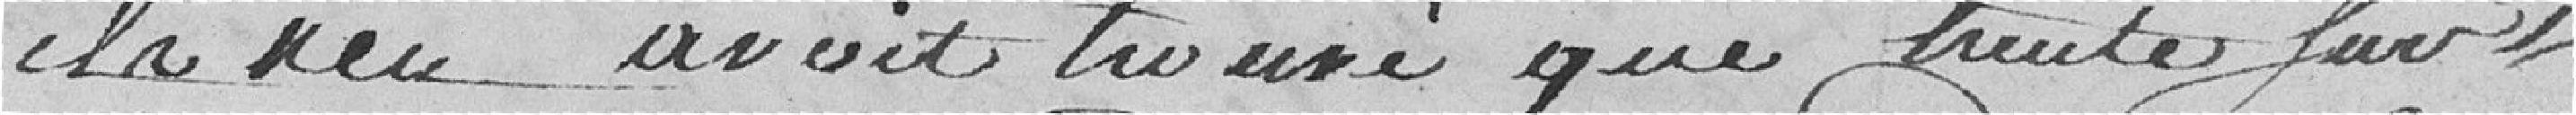
il n'en avait trouvé que trente sur